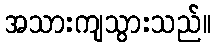
အသားကျသွားသည်။